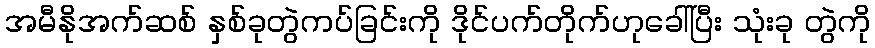
အမီနိုအက်ဆစ် နှစ်ခုတွဲကပ်ခြင်းကို ဒိုင်ပက်တိုက်ဟုခေါ်ပြီး သုံးခု တွဲကို